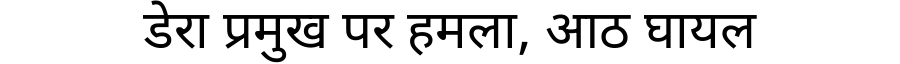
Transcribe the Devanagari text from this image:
डेरा प्रमुख पर हमला, आठ घायल